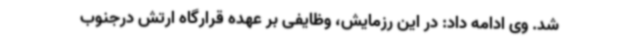
شد. وی ادامه داد: در این رزمایش، وظایفی بر عهده قرارگاه ارتش درجنوب